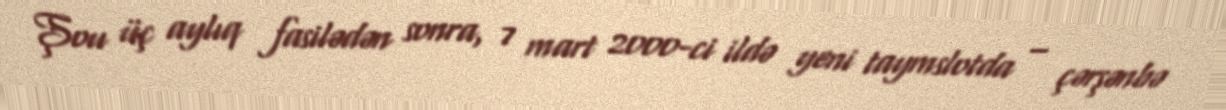
Şou üç aylıq fasilədən sonra, 7 mart 2000-ci ildə yeni taymslotda – çərşənbə